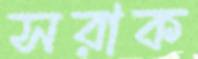
সরাক